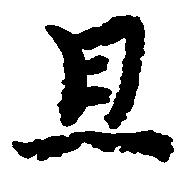
且